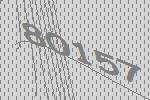
80157